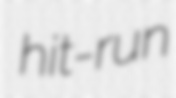
hit-run